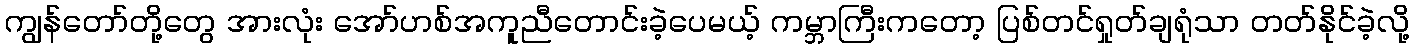
ကျွန်တော်တို့တွေ အားလုံး အော်ဟစ်အကူညီတောင်းခဲ့ပေမယ့် ကမ္ဘာကြီးကတော့ ပြစ်တင်ရှုတ်ချရုံသာ တတ်နိုင်ခဲ့လို့